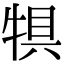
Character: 犋